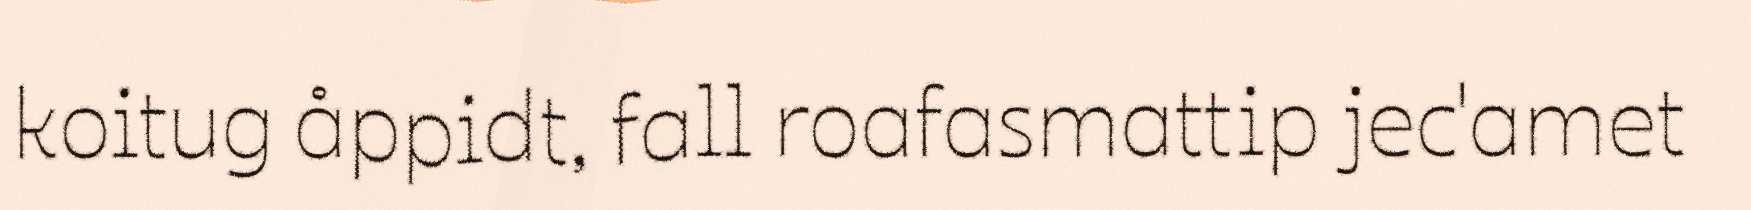
koitug åppidt, fall roafasmattip jec'amet